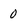
Character: 0